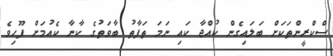
ސްކްރީންތަކަށް ބަލައިގެން ކުއްޖާ ކައި ނަމަ ތަފާތު ބާވަތުގެ ކާނާ ކެއުމަށް ފޫހިވެ